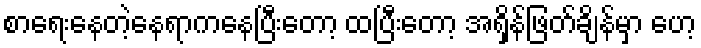
စာရေးနေတဲ့နေရာကနေပြီးတော့ ထပြီးတော့ အရှိန်ဖြတ်ချိန်မှာ ဟေ့